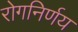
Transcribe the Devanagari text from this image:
रोगनिर्णय